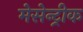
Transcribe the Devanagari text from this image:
मेसेन्ट्रीक